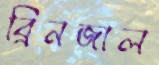
ব্রিনজাল